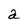
Character: a